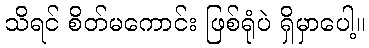
သိရင် စိတ်မကောင်း ဖြစ်ရုံပဲ ရှိမှာပေါ့။